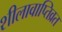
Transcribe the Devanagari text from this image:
शीलावाप्तिव्रत